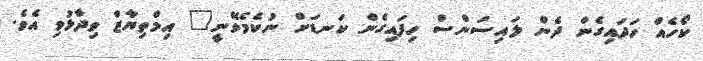
ކޯހެއް ހަދައިގެން ދެން ލައިސަންސް ހިފައިގެން ކަނޑަށް ނުކެމެވޭނީ" އިމްތިޔާޒް ވިދާޅުވި އެވެ.